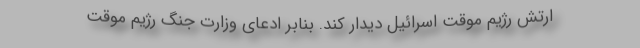
ارتش رژیم موقت اسرائیل دیدار کند. بنابر ادعای وزارت جنگ رژیم موقت